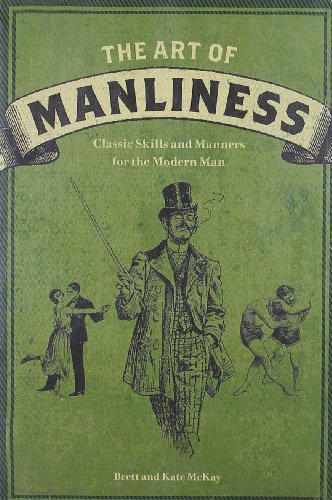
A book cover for The Art of Manliness: Classic Skills and Manners for the Modern Man; Brett McKay; Health, Fitness & Dieting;